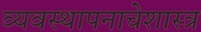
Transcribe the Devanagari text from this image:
व्यवस्थापनाचेशास्त्र